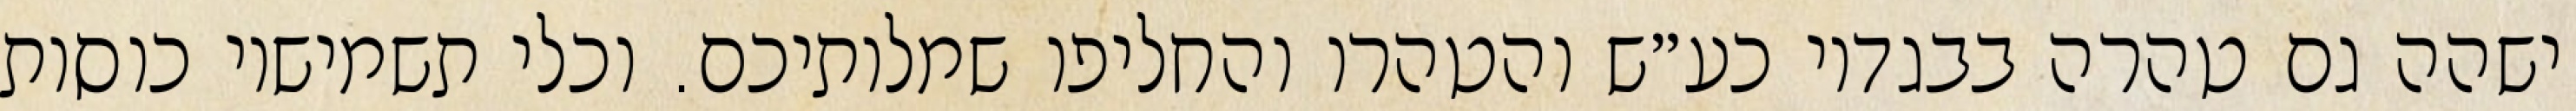
ישהה גם טהרה בבגדיו כע״ש והטהרו והחליפו שמלותיכם. וכלי תשמישיו כוסות